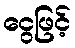
ငွေဖြင့်